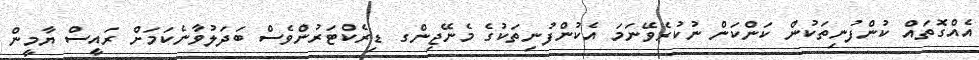
އެއްގޮތައް ކުންފުނިތަކުން ކަންކަން ނުކުރެވޭނަމަ އެކުންފުނިތަކުގެ މެނޭޖިންގ ޑިރެކްޓަރުންވެސް ބަދަލުވާނެކަމަށް ރައީސް ޔާމީން